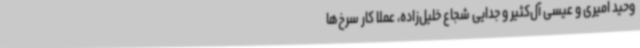
وحید امیری و عیسی آل‌کثیر و جدایی شجاع خلیل‌زاده، عملا کار سرخ‌ها